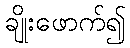
ချိုးဖောက်၍